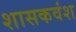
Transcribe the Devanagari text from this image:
शासकवंश